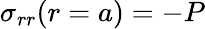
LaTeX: \sigma_{rr}(r=a)=-P